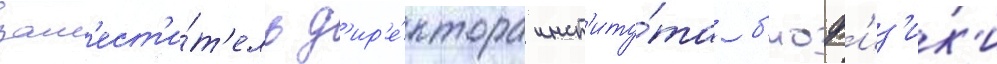
зам'ест'и́т'ель д'ир'е́ктора инст'иту́та б'иоф'из'ик'и